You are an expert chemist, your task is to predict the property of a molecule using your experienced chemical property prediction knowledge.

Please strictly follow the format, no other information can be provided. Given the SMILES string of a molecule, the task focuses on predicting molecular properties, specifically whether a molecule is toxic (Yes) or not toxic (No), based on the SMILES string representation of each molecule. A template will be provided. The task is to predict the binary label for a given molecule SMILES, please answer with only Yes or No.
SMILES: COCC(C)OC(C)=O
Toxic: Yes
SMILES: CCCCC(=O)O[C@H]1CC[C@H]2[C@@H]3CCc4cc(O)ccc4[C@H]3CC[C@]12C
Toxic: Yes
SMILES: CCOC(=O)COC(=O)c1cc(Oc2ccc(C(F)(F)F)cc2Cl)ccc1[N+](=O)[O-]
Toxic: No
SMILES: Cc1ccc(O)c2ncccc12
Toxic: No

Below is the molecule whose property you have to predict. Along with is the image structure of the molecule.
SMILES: Cc1ncc2n1-c1ccc(Cl)cc1C(c1ccccc1F)=NC2
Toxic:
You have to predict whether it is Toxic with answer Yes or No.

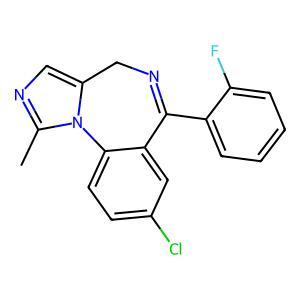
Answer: No